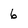
Character: 6